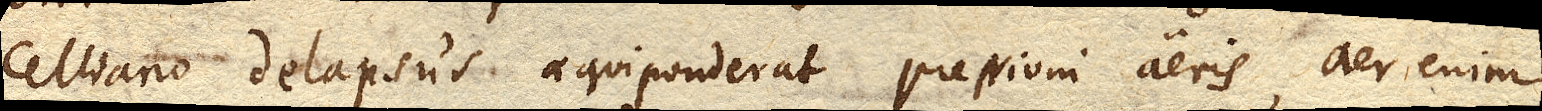
celliano delapsus aequiponderat pressioni aeris, aer enim